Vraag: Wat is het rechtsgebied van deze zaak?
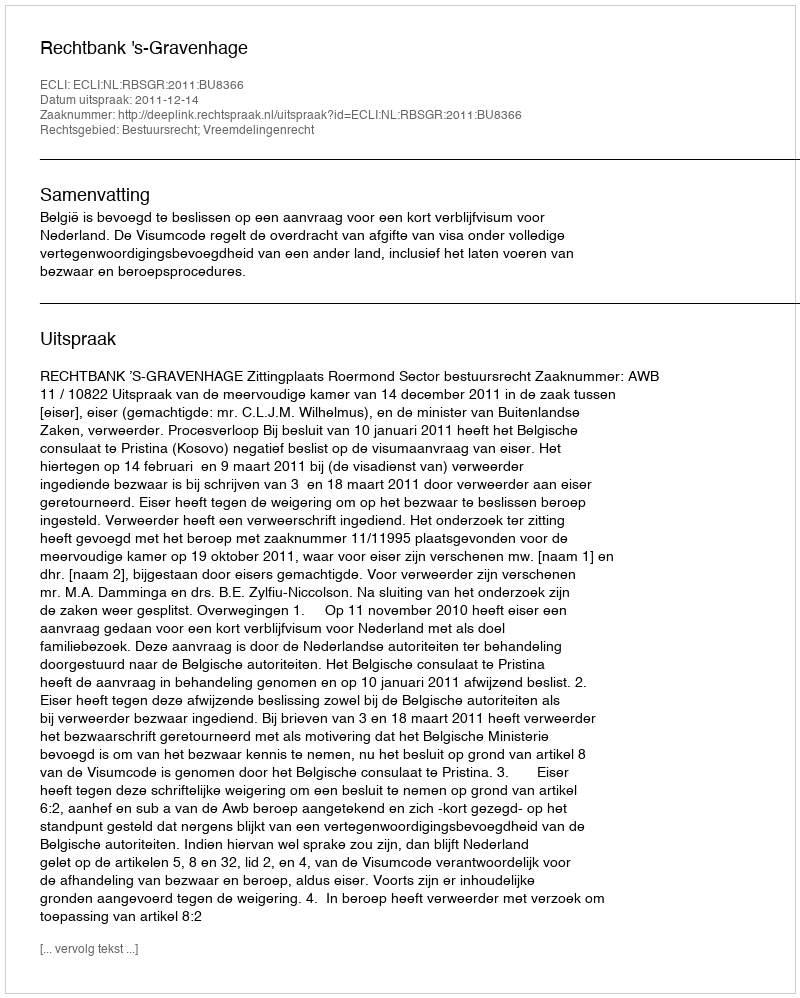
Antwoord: Bestuursrecht; Vreemdelingenrecht